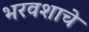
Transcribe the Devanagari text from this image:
भरवशाचे